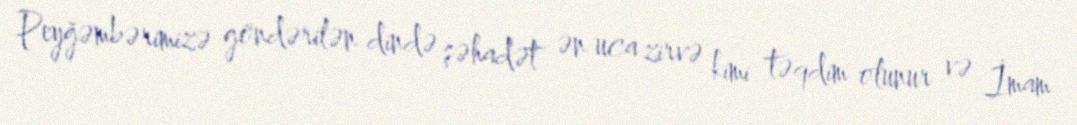
Peyğəmbərimizə göndərilən dində şəhadət ən uca zirvə kimi təqdim olunur və İmam